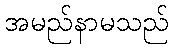
အမည်နာမသည်